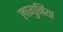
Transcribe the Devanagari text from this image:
लागुनिया